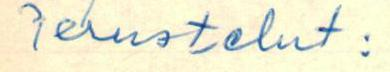
Perustelut: